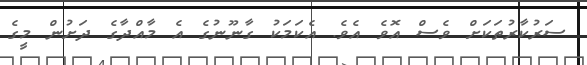
ސަރުކާރުތަކަަށް ވެސް އޮވެ އެވެ. އެކަމަކު ގާނޫނުގެ އެ މާއްދާގެ ދަށުން މީގެ